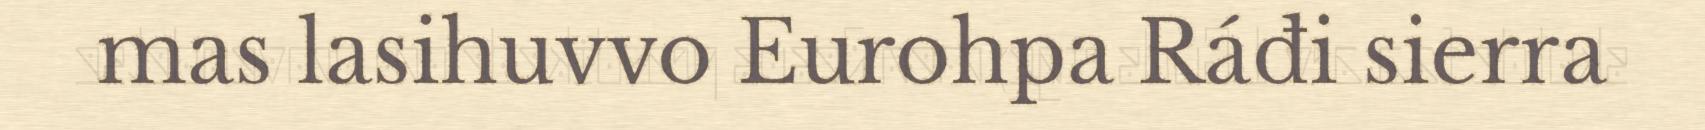
mas lasihuvvo Eurohpa Ráđi sierra